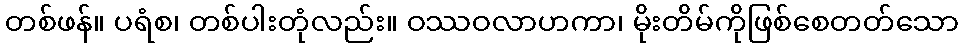
တစ်ဖန်။ ပရံစ၊ တစ်ပါးတုံလည်း။ ဝဿဝလာဟကာ၊ မိုးတိမ်ကိုဖြစ်စေတတ်သော